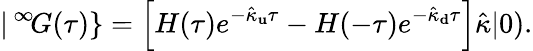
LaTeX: |\, ^{\infty}\! G(\tau)\} =\left[H(\tau)e^{-\hat{\kappa}_{\mathbf u}\tau}-H(-\tau)e^{-\hat{\kappa}_{\mathbf d}\tau}\right]\hat{\kappa}|0).